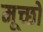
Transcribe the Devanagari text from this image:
मूच्छों